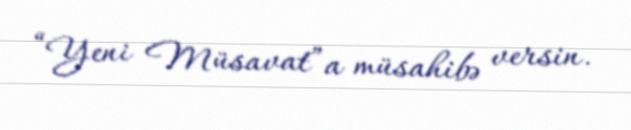
“Yeni Müsavat”a müsahibə versin.